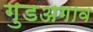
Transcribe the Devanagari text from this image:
गुडअगाव